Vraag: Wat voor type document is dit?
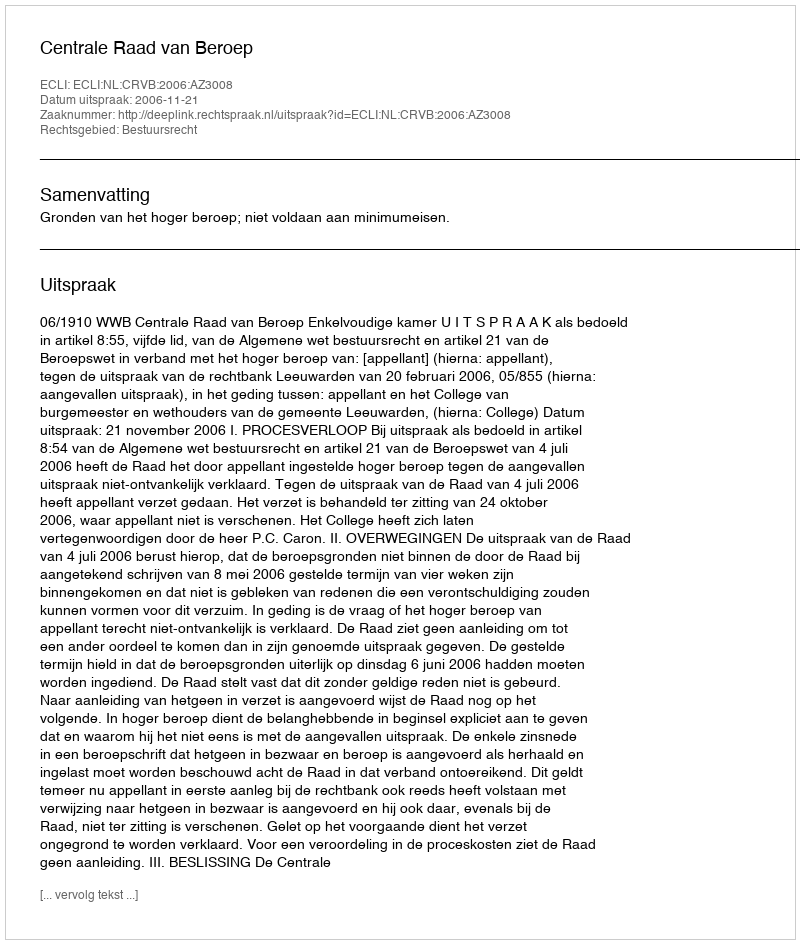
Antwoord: Uitspraak